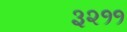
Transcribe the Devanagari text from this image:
३२११